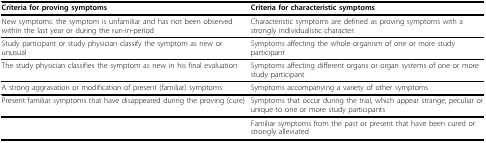
| Criteria for proving symptoms | Criteria for characteristic symptoms |
 | --- | --- |
 | New symptoms: the symptom is unfamiliar and has not been observed within the last year or during the run-in-period | Characteristic symptoms are defined as proving symptoms with a strongly individualistic character: |
 | Study participant or study physician classify the symptom as new or unusual | Symptoms affecting the whole organism of one or more study participant |
 | The study physician classifies the symptom as new in his final evaluation | Symptoms affecting different organs or organ systems of one or more study participant |
 | A strong aggravation or modification of present (familiar) symptoms | Symptoms accompanying a variety of other symptoms |
 | Present familiar symptoms that have disappeared during the proving (cure) | Symptoms that occur during the trial, which appear strange, peculiar or unique to one or more study participants |
 |  | Familiar symptoms from the past or present that have been cured or strongly alleviated |